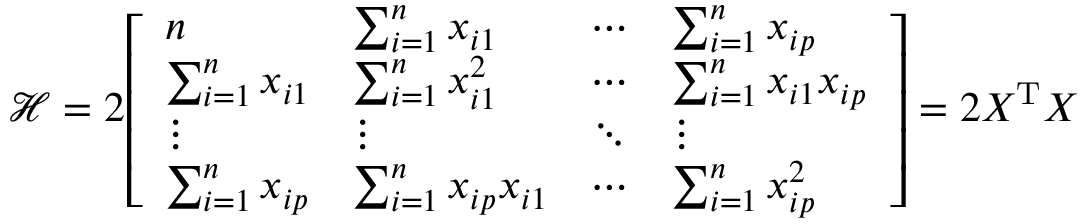
{ \mathcal { H } } = 2 { \left[ \begin{array} { l l l l } { n } & { \sum _ { i = 1 } ^ { n } x _ { i 1 } } & { \cdots } & { \sum _ { i = 1 } ^ { n } x _ { i p } } \\ { \sum _ { i = 1 } ^ { n } x _ { i 1 } } & { \sum _ { i = 1 } ^ { n } x _ { i 1 } ^ { 2 } } & { \cdots } & { \sum _ { i = 1 } ^ { n } x _ { i 1 } x _ { i p } } \\ { \vdots } & { \vdots } & { \ddots } & { \vdots } \\ { \sum _ { i = 1 } ^ { n } x _ { i p } } & { \sum _ { i = 1 } ^ { n } x _ { i p } x _ { i 1 } } & { \cdots } & { \sum _ { i = 1 } ^ { n } x _ { i p } ^ { 2 } } \end{array} \right] } = 2 X ^ { \operatorname { T } } X